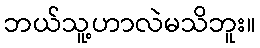
ဘယ်သူ့ဟာလဲမသိဘူး။